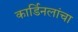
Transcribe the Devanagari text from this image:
कार्डिनलांचा